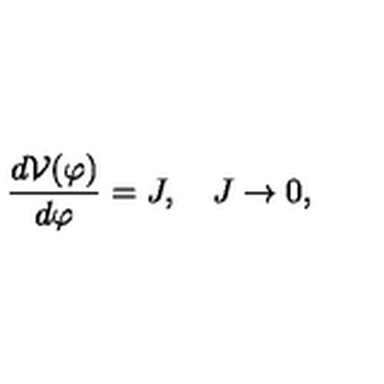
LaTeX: \frac { d { \cal V } ( \varphi ) } { d \varphi } = J , \quad J \to 0 ,